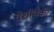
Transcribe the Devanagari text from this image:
वेशींपैकी